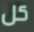
كل